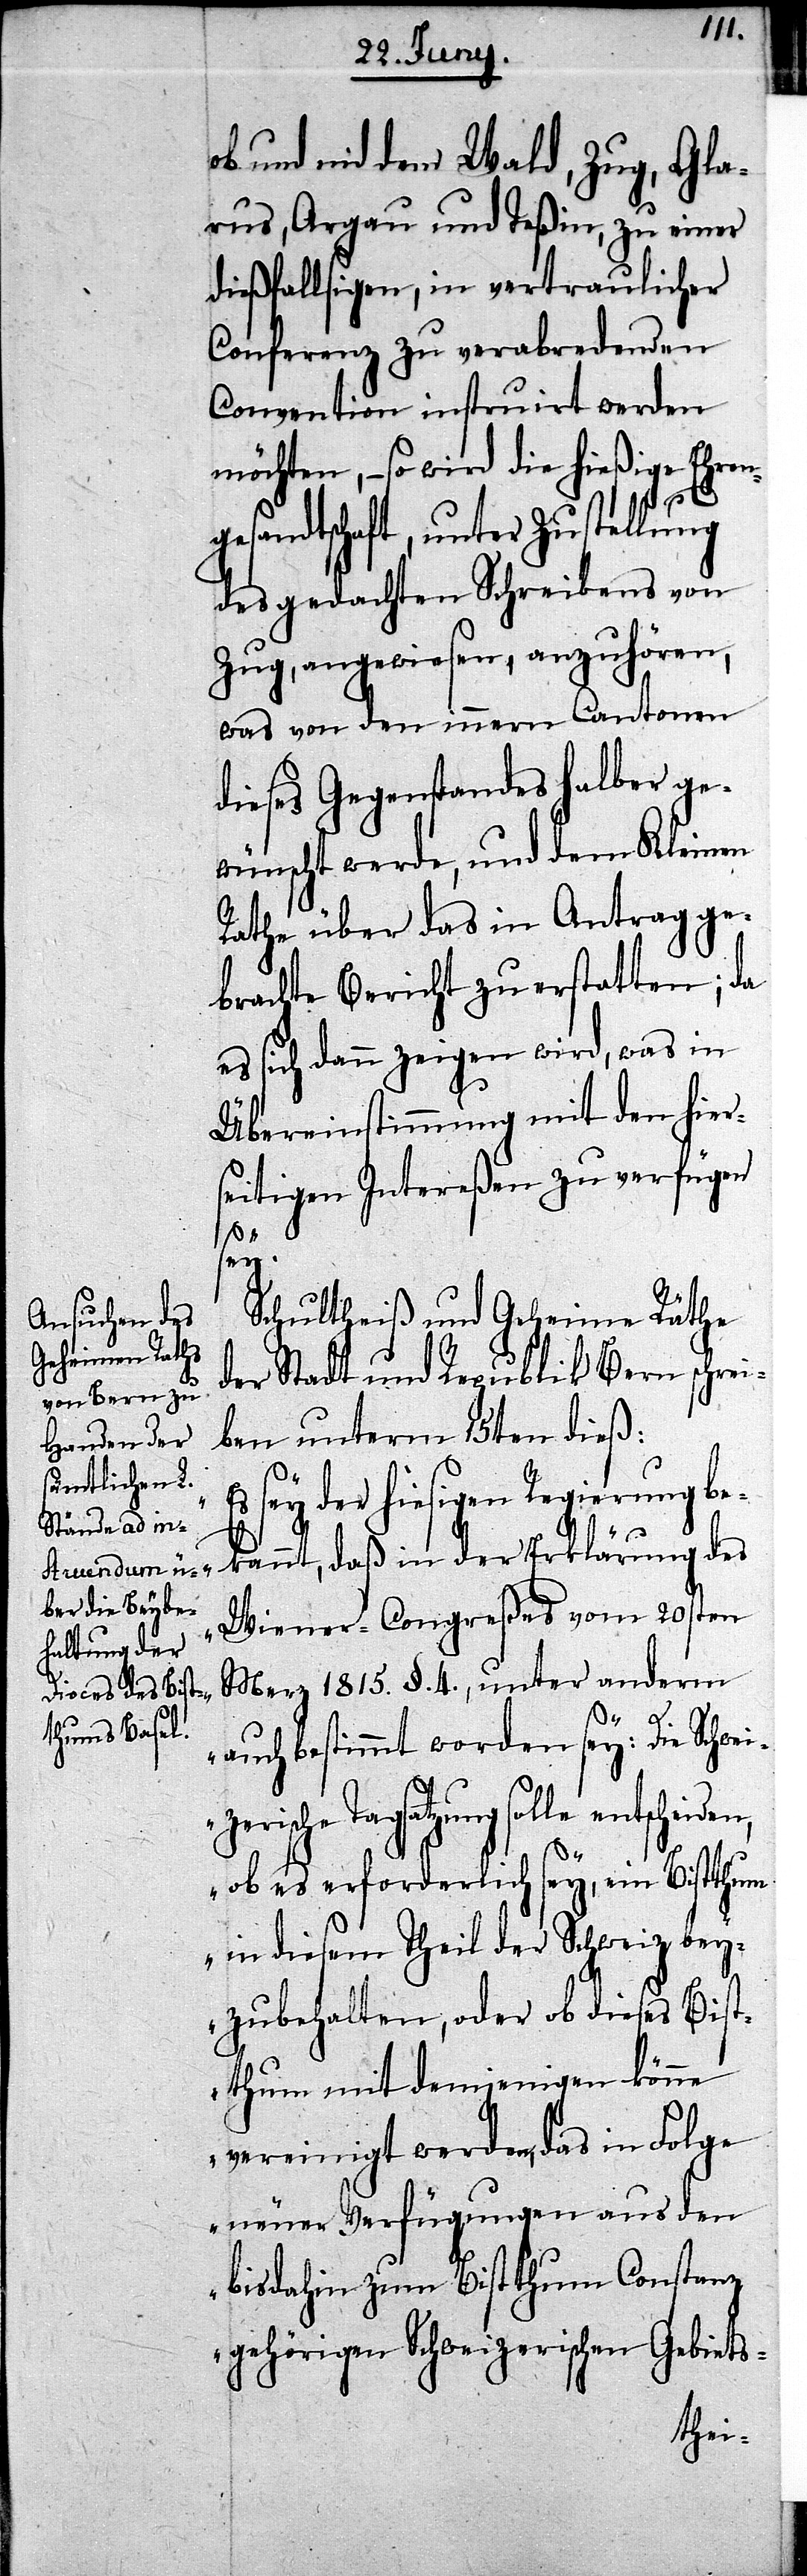
ob und nid dem Wald, Zug, Gla¬
rus, Argau und Teßin, zu einer
dießfälligen, in vertraulicher
Conferenz zu verabredenden
Convention instruirt werden
möchte, – so wird die hießige Ehren¬
ze¬
gesandtschaft, unter Zustellung
des gedachten Schreibens von
Zug, angewiesen, anzuhören,
was von den innern Cantonen
dieses Gegenstandes halber ge¬
wünscht werde, und dem Kleinen
Rathe über das in Antrag ge¬
brachte Bericht zu erstatten; da
es sich dann zeigen wird, was in
Übereinstimmung mit den hier¬
seitigen Intereßen zu verfügen
en,
Schultheiß und Geheime Räthe
der Stadt und Republik Bern schrei¬
ben unterm 15ten dieß:
Regierung be¬
kannt, daß in der Erklärung des
Wiener-Congreßes vom 20sten
Merz 1815. §. 4., unter anderm
auch bestimmt worden sey: Die Schwei¬
rische Tagsatzung solle entscheid¬
ob es erforderlich sey, ein Bistthum
in diesem Theil der Schweiz bey¬
zubehalten, oder ob dieses Bist¬
thum mit demjenigen könne
vereinigt werden, das in Folge
neuer Verfügungen aus den
bis dahin zum Bistthum Constanz
gehörigen Schweizerischen Gebiets-